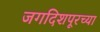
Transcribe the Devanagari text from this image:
जगदिशपूरच्या